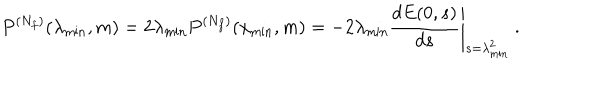
P ^ { ( N _ { f } ) } ( \lambda _ { \mathrm { m i n } } , m ) = 2 \lambda _ { \mathrm { m i n } } P ^ { ( N _ { f } ) } ( x _ { \mathrm { m i n } } , m ) = - 2 \lambda _ { \mathrm { m i n } } \left. \frac { d E ( 0 , s ) } { d s } \right| _ { s = \lambda _ { \mathrm { m i n } } ^ { 2 } } \: .